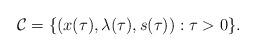
LaTeX: \begin{align*}{\mathcal C} = \lbrace(x(\tau), \lambda(\tau), s(\tau)): \tau >0 \rbrace.\end{align*}